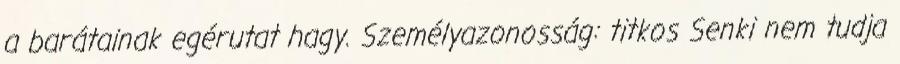
a barátainak egérutat hagy. Személyazonosság: titkos Senki nem tudja